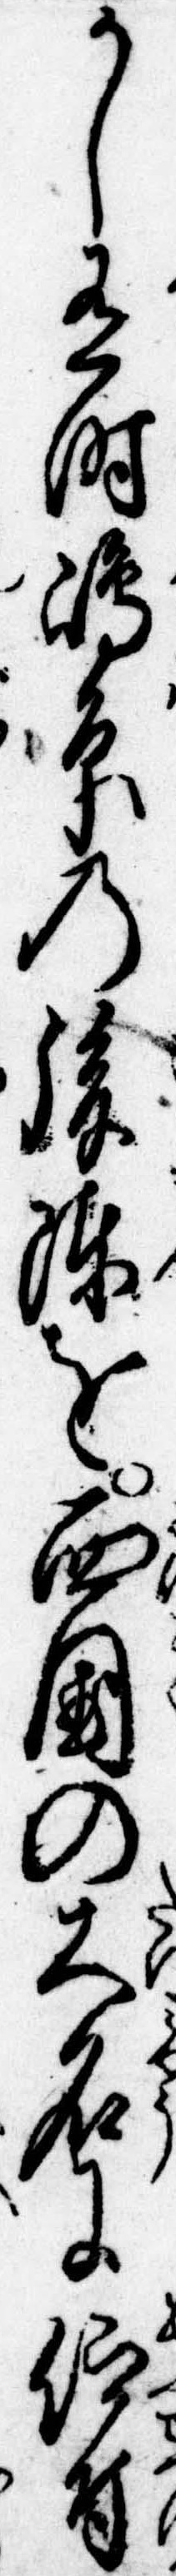
かし有時島原の後陳を西国の大名に仰付